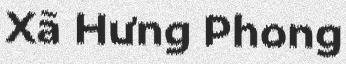
Xã Hưng Phong